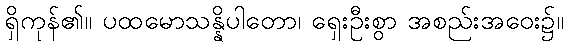
ရှိကုန်၏။ ပထမောသန္နိပါတော၊ ရှေးဦးစွာ အစည်းအဝေး၌။